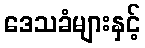
ဒေသခံများနှင့်